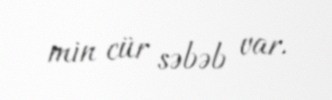
min cür səbəb var.